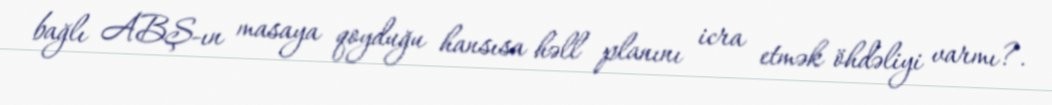
bağlı ABŞ-ın masaya qoyduğu hansısa həll planını icra etmək öhdəliyi varmı?.